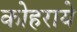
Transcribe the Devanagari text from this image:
कोहराये